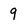
Character: 9